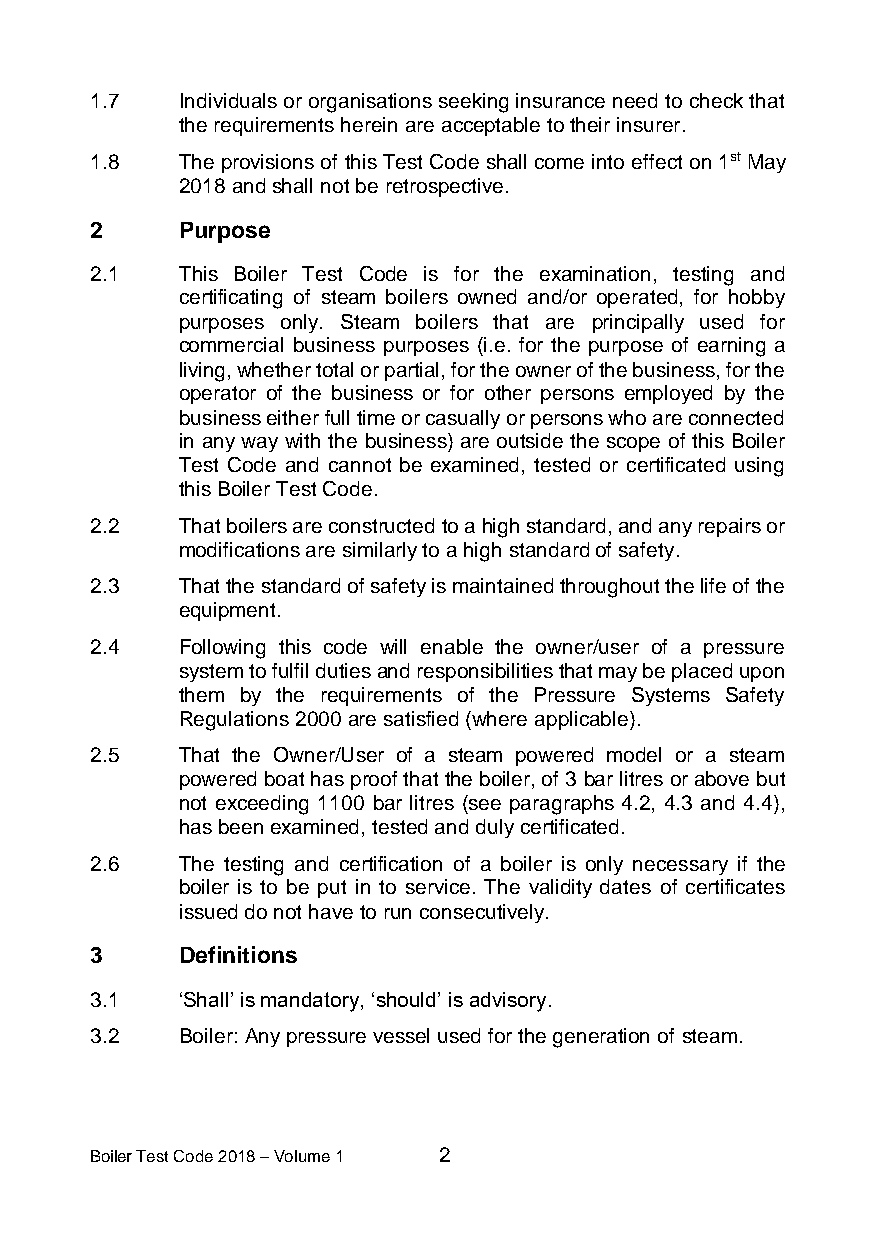
1.7   Individuals or organisations seeking insurance need to check that
 the requirements herein are acceptable to their insurer.
 1.8   The provisions of this Test Code shall come into effect on 1st May
 2018 and shall not be retrospective.
 2     Purpose
 2.1   This Boiler Test Code is for the examination, testing and
 certificating of steam boilers owned and/or operated, for hobby
 purposes only. Steam boilers that are principally used for
 commercial business purposes (i.e. for the purpose of earning a
 living, whether total or partial, for the owner of the business, for the
 operator of the business or for other persons employed by the
 business either full time or casually or persons who are connected
 in any way with the business) are outside the scope of this Boiler
 Test Code and cannot be examined, tested or certificated using
 this Boiler Test Code.
 2.2   That boilers are constructed to a high standard, and any repairs or
 modifications are similarly to a high standard of safety.
 2.3   That the standard of safety is maintained throughout the life of the
 equipment.
 2.4   Following this code will enable the owner/user of a pressure
 system to fulfil duties and responsibilities that may be placed upon
 them by the requirements of the Pressure Systems Safety
 Regulations 2000 are satisfied (where applicable).
 2.5   That the Owner/User of a steam powered model or a steam
 powered boat has proof that the boiler, of 3 bar litres or above but
 not exceeding 1100 bar litres (see paragraphs 4.2, 4.3 and 4.4),
 has been examined, tested and duly certificated.
 2.6   The testing and certification of a boiler is only necessary if the
 boiler is to be put in to service. The validity dates of certificates
 issued do not have to run consecutively.
 3     Definitions
 3.1   ‘Shall’ is mandatory, ‘should’ is advisory.
 3.2   Boiler: Any pressure vessel used for the generation of steam.
 Boiler Test Code 2018 – Volume 1 2